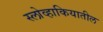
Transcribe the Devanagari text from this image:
स्लोव्हाकियातील